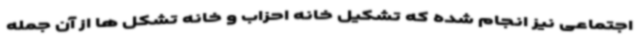
اجتماعی نیز انجام شده که تشکیل خانه احزاب و خانه تشکل ها از آن جمله